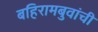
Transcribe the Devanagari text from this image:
बहिरामबुवांची